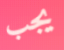
يجب